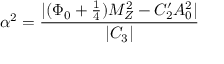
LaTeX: \alpha ^ { 2 } = \frac { | ( \Phi _ { 0 } + \frac { 1 } { 4 } ) M _ { Z } ^ { 2 } - C _ { 2 } ^ { \prime } A _ { 0 } ^ { 2 } | } { | C _ { 3 } | }